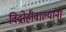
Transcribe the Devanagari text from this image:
विद्रोहीवाल्यांना